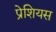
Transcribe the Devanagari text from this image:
प्रेशियस